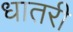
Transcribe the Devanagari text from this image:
धातरी